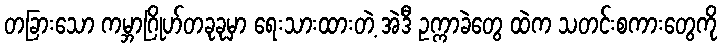
တခြားသော ကမ္ဘာဂြိုဟ်တခုခုမှာ ရေးသားထားတဲ့ အဲဒီ ဥက္ကာခဲတွေ ထဲက သတင်းစကားတွေကို